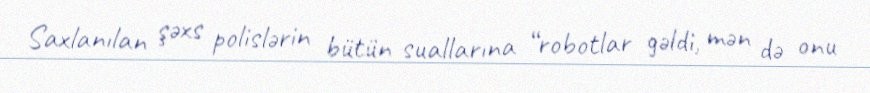
Saxlanılan şəxs polislərin bütün suallarına “robotlar gəldi, mən də onu